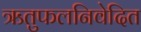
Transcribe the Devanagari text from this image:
ऋतुफलनिवेदित